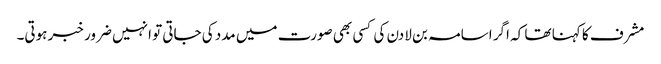
مشرف کا کہنا تھا کہ اگر اسامہ بن لادن کی کسی بھی صورت میں مدد کی جاتی تو انہیں ضرور خبر ہوتی۔